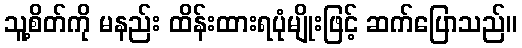
သူ့စိတ်ကို မနည်း ထိန်းထားရပုံမျိုးဖြင့် ဆက်ပြောသည်။